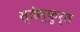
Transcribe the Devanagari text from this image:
स्तेस्फुर्त